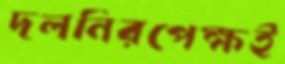
দলনিরপেক্ষই